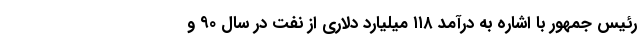
رئیس جمهور با اشاره به درآمد ۱۱۸ میلیارد دلاری از نفت در سال ۹۰ و